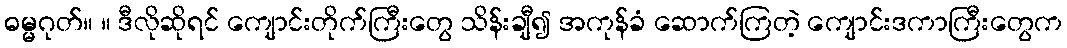
ဓမ္မဂုတ်။ ။ ဒီလိုဆိုရင် ကျောင်းတိုက်ကြီးတွေ သိန်းချီ၍ အကုန်ခံ ဆောက်ကြတဲ့ ကျောင်းဒကာကြီးတွေက